Senior Leaving Certificate Examination (including Day School Certificate (Higher) General paper), 1950
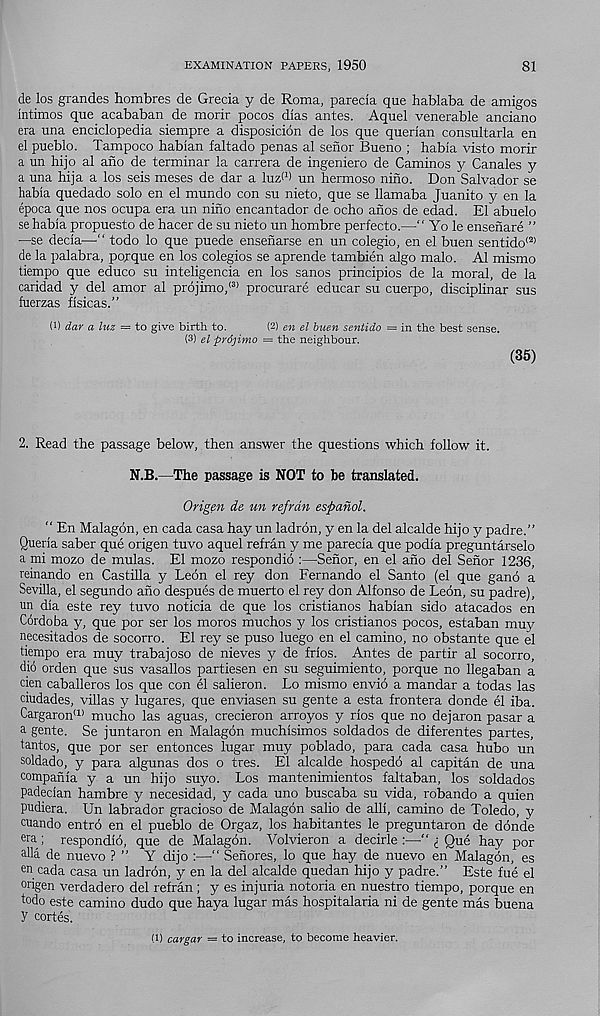
EXAMINATION PAPERS, 1950
81
de los grandes hombres de Grecia y de Roma, pareda que hablaba de amigos
mtimos que acababan de morir pocos dias antes. Aquel venerable anciano
era una enciclopedia siempre a disposicion de los que querian consultarla en
el pueblo. Tampoco hablan faltado penas al senor Bueno ; habla visto morir
a un hijo al ano de terminar la carrera de ingeniero de Caminos y Canales y
a una hija a los seis meses de dar a luzM un hermoso nino. Don Salvador se
habla quedado solo en el mundo con su nieto, que se llamaba Juanito y en la
epoca que nos ocupa era un nino encantador de ocho anos de edad. El abuelo
se habla propuesto de hacer de su nieto un hombre perfecto.—" Yo le ensenare ”
—se decia—“ todo lo que puede ensenarse en un colegio, en el buen sentido (2)
de la palabra, pojque en los colegios se aprende tambien algo malo. Al mismo
tiempo que educo su inteligencia en los sanos principios de la moral, de la
caridad y del amor al pr6jimo, <3) procurare educar su cuerpo, disciplinar sus
fuerzas fisicas.”
(1) dar a luz = to give birth to.
(2) en el buen sentido = in the best sense.
(3) el prdjimo = the neighbour.
(35)
2. Read the passage below, then answer the questions which follow it.
N.B.—The passage is NOT to be translated.
Origen de un refrdn espanol.
“ En Malagon, en cada casa hay un ladron, y en la del alcalde hijo y padre.”
Querla saber que origen tuvo aquel refran y me parecia que podia preguntarselo
a mi mozo de mulas. El mozo respondio :—Senor, en el ano del Senor 1236,
reinando en Castilla y Leon el rey don Fernando el Santo (el que gano a
Sevilla, el segundo ano despues de muerto el rey don Alfonso de Leon, su padre),
un dla este rey tuvo noticia de que los cristianos hablan sido atacados en
Cordoba y, que por ser los moros muchos y los cristianos pocos, estaban muy
necesitados de socorro. El rey se puso luego en el camino, no obstante que el
tiempo era muy trabajoso de nieves y de fries. Antes de partir al socorro,
did orden que sus vasallos partiesen en su seguimiento, porque no llegaban a
cien Caballeros los que con el salieron. Lo mismo envio a mandar a todas las
ciudades, villas y lugares, que enviasen su gente a esta frontera donde el iba.
Cargaron (1) mucho las aguas, crecieron arroyos y rlos que no dejaron pasar a
a gente. Se juntaron en Malagon muchlsimos soldados de diferentes partes,
tantos, que por ser entonces lugar muy poblado, para cada casa hubo un
soldado, y para algunas dos o tres. El alcalde hospedo al capitan de una
companla y a un hijo suyo. Los mantenimientos faltaban, los soldados
padeclan hambre y necesidad, y cada uno buscaba su vida, robando a quien
pudiera. Un labrador gracioso de Malagon salio de alll, camino de Toledo, y
cuando entro en el pueblo de Orgaz, los habitantes le preguntaron de donde
er a; respondio, que de Malagon. Volvieron a decirle :—•” <; Que hay por
alia de nuevo ? ” Y dijo :—■ “ Sehores, lo que hay de nuevo en Malagon, es
en cada casa un ladron, y en la del alcalde quedan hijo y padre.” Este fue el
origen verdadero del refran ; y es injuria notoria en nuestro tiempo, porque en
todo este camino dudo que haya lugar mas hospitalaria ni de gente mas buena
y cortes.
(1) cargar — to increase, to become heavier.